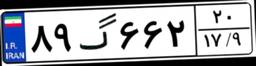
۸۹گ۶۶۲۲۰